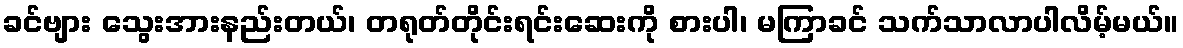
ခင်ဗျား သွေးအားနည်းတယ်၊ တရုတ်တိုင်းရင်းဆေးကို စားပါ၊ မကြာခင် သက်သာလာပါလိမ့်မယ်။